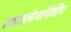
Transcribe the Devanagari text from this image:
समजलेल्यांपैकींच